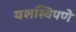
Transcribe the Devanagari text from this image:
यशस्विपणे